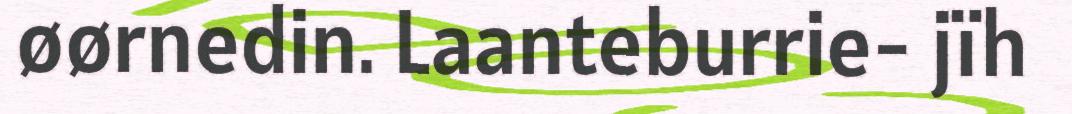
øørnedin. Laanteburrie- jïh